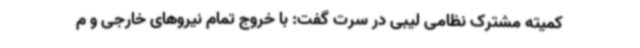
کمیته مشترک نظامی لیبی در سرت گفت: با خروج تمام نیروهای خارجی و م